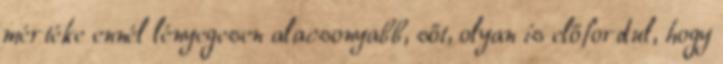
mértéke ennél lényegesen alacsonyabb, sőt, olyan is előfordul, hogy